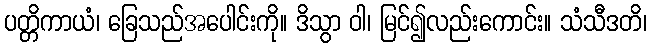
ပတ္တိကာယံ၊ ခြေသည်အပေါင်းကို။ ဒိသွာ ဝါ၊ မြင်၍လည်းကောင်း။ သံသီဒတိ၊